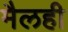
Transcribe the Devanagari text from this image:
मैलही